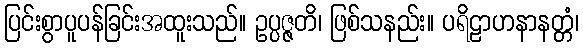
ပြင်းစွာပူပန်ခြင်းအထူးသည်။ ဥပ္ပဇ္ဇတိ၊ ဖြစ်သနည်း။ ပရိဠာဟနာနတ္တံ၊